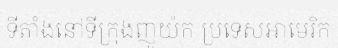
ទីតាំងនៅទីក្រុងញូយ៉ក ប្រទេសអាមេរិក